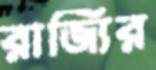
রাজ্যির